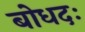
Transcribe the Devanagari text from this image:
बोधदः